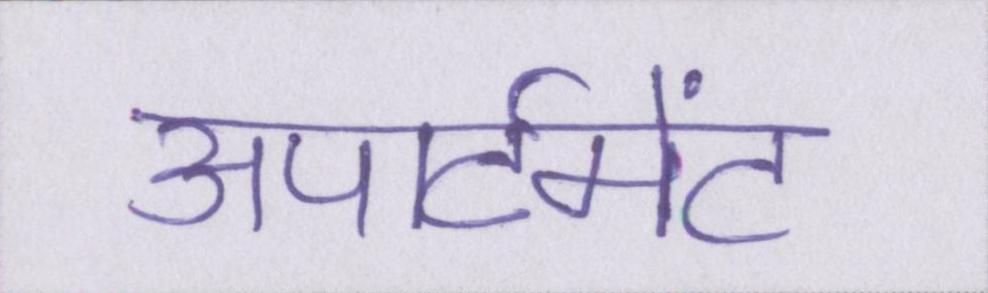
अपार्टमेंट